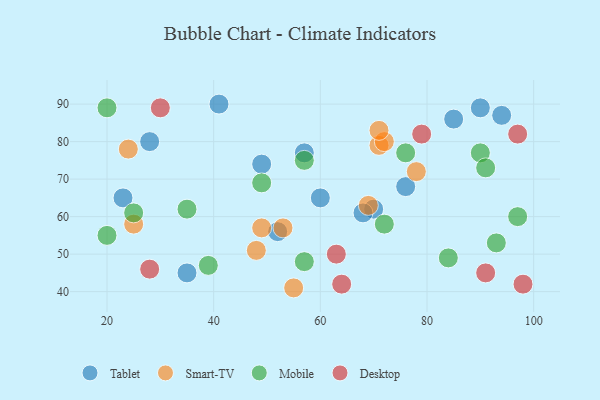
{"axis": {"x": "GDP", "y": "Life Expectancy"}, "legend": ["Desktop", "Mobile", "Smart-TV", "Tablet"], "data": [{"x": "28", "y": 80, "type": "Tablet"}, {"x": "90", "y": 89, "type": "Tablet"}, {"x": "94", "y": 87, "type": "Tablet"}, {"x": "35", "y": 45, "type": "Tablet"}, {"x": "70", "y": 62, "type": "Tablet"}, {"x": "85", "y": 86, "type": "Tablet"}, {"x": "76", "y": 68, "type": "Tablet"}, {"x": "49", "y": 74, "type": "Tablet"}, {"x": "68", "y": 61, "type": "Tablet"}, {"x": "57", "y": 77, "type": "Tablet"}, {"x": "60", "y": 65, "type": "Tablet"}, {"x": "23", "y": 65, "type": "Tablet"}, {"x": "52", "y": 56, "type": "Tablet"}, {"x": "41", "y": 90, "type": "Tablet"}, {"x": "53", "y": 57, "type": "Smart-TV"}, {"x": "25", "y": 58, "type": "Smart-TV"}, {"x": "48", "y": 51, "type": "Smart-TV"}, {"x": "71", "y": 79, "type": "Smart-TV"}, {"x": "24", "y": 78, "type": "Smart-TV"}, {"x": "69", "y": 63, "type": "Smart-TV"}, {"x": "55", "y": 41, "type": "Smart-TV"}, {"x": "72", "y": 80, "type": "Smart-TV"}, {"x": "71", "y": 83, "type": "Smart-TV"}, {"x": "49", "y": 57, "type": "Smart-TV"}, {"x": "78", "y": 72, "type": "Smart-TV"}, {"x": "93", "y": 53, "type": "Mobile"}, {"x": "39", "y": 47, "type": "Mobile"}, {"x": "90", "y": 77, "type": "Mobile"}, {"x": "76", "y": 77, "type": "Mobile"}, {"x": "91", "y": 73, "type": "Mobile"}, {"x": "49", "y": 69, "type": "Mobile"}, {"x": "84", "y": 49, "type": "Mobile"}, {"x": "20", "y": 89, "type": "Mobile"}, {"x": "57", "y": 75, "type": "Mobile"}, {"x": "97", "y": 60, "type": "Mobile"}, {"x": "57", "y": 48, "type": "Mobile"}, {"x": "35", "y": 62, "type": "Mobile"}, {"x": "72", "y": 58, "type": "Mobile"}, {"x": "20", "y": 55, "type": "Mobile"}, {"x": "25", "y": 61, "type": "Mobile"}, {"x": "79", "y": 82, "type": "Desktop"}, {"x": "30", "y": 89, "type": "Desktop"}, {"x": "28", "y": 46, "type": "Desktop"}, {"x": "91", "y": 45, "type": "Desktop"}, {"x": "64", "y": 42, "type": "Desktop"}, {"x": "98", "y": 42, "type": "Desktop"}, {"x": "97", "y": 82, "type": "Desktop"}, {"x": "63", "y": 50, "type": "Desktop"}]}